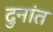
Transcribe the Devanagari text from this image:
दुनांत